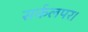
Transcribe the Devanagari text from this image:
सर्कलपर।